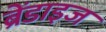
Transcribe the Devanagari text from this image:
ब्रेंडाइज